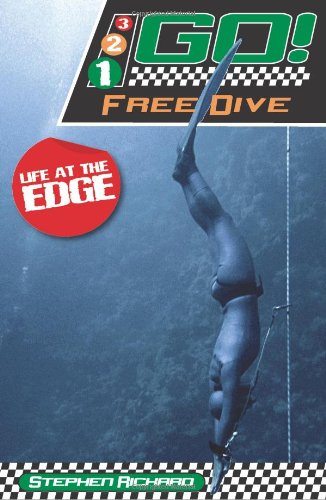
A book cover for Free Dive: Life at the Edge (321 Go!); Stephen Rickard; Teen & Young Adult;